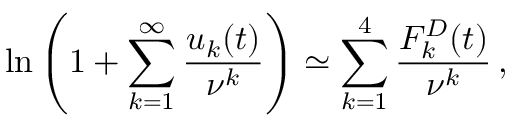
\ln \left( 1 + \sum _ { k = 1 } ^ { \infty } \frac { u _ { k } ( t ) } { \nu ^ { k } } \right) \simeq \sum _ { k = 1 } ^ { 4 } \frac { F _ { k } ^ { D } ( t ) } { \nu ^ { k } } \, { , }